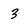
Character: 3